38_143685_box_Incident_Summaries_101-172
Agency: Department of War
Page 72
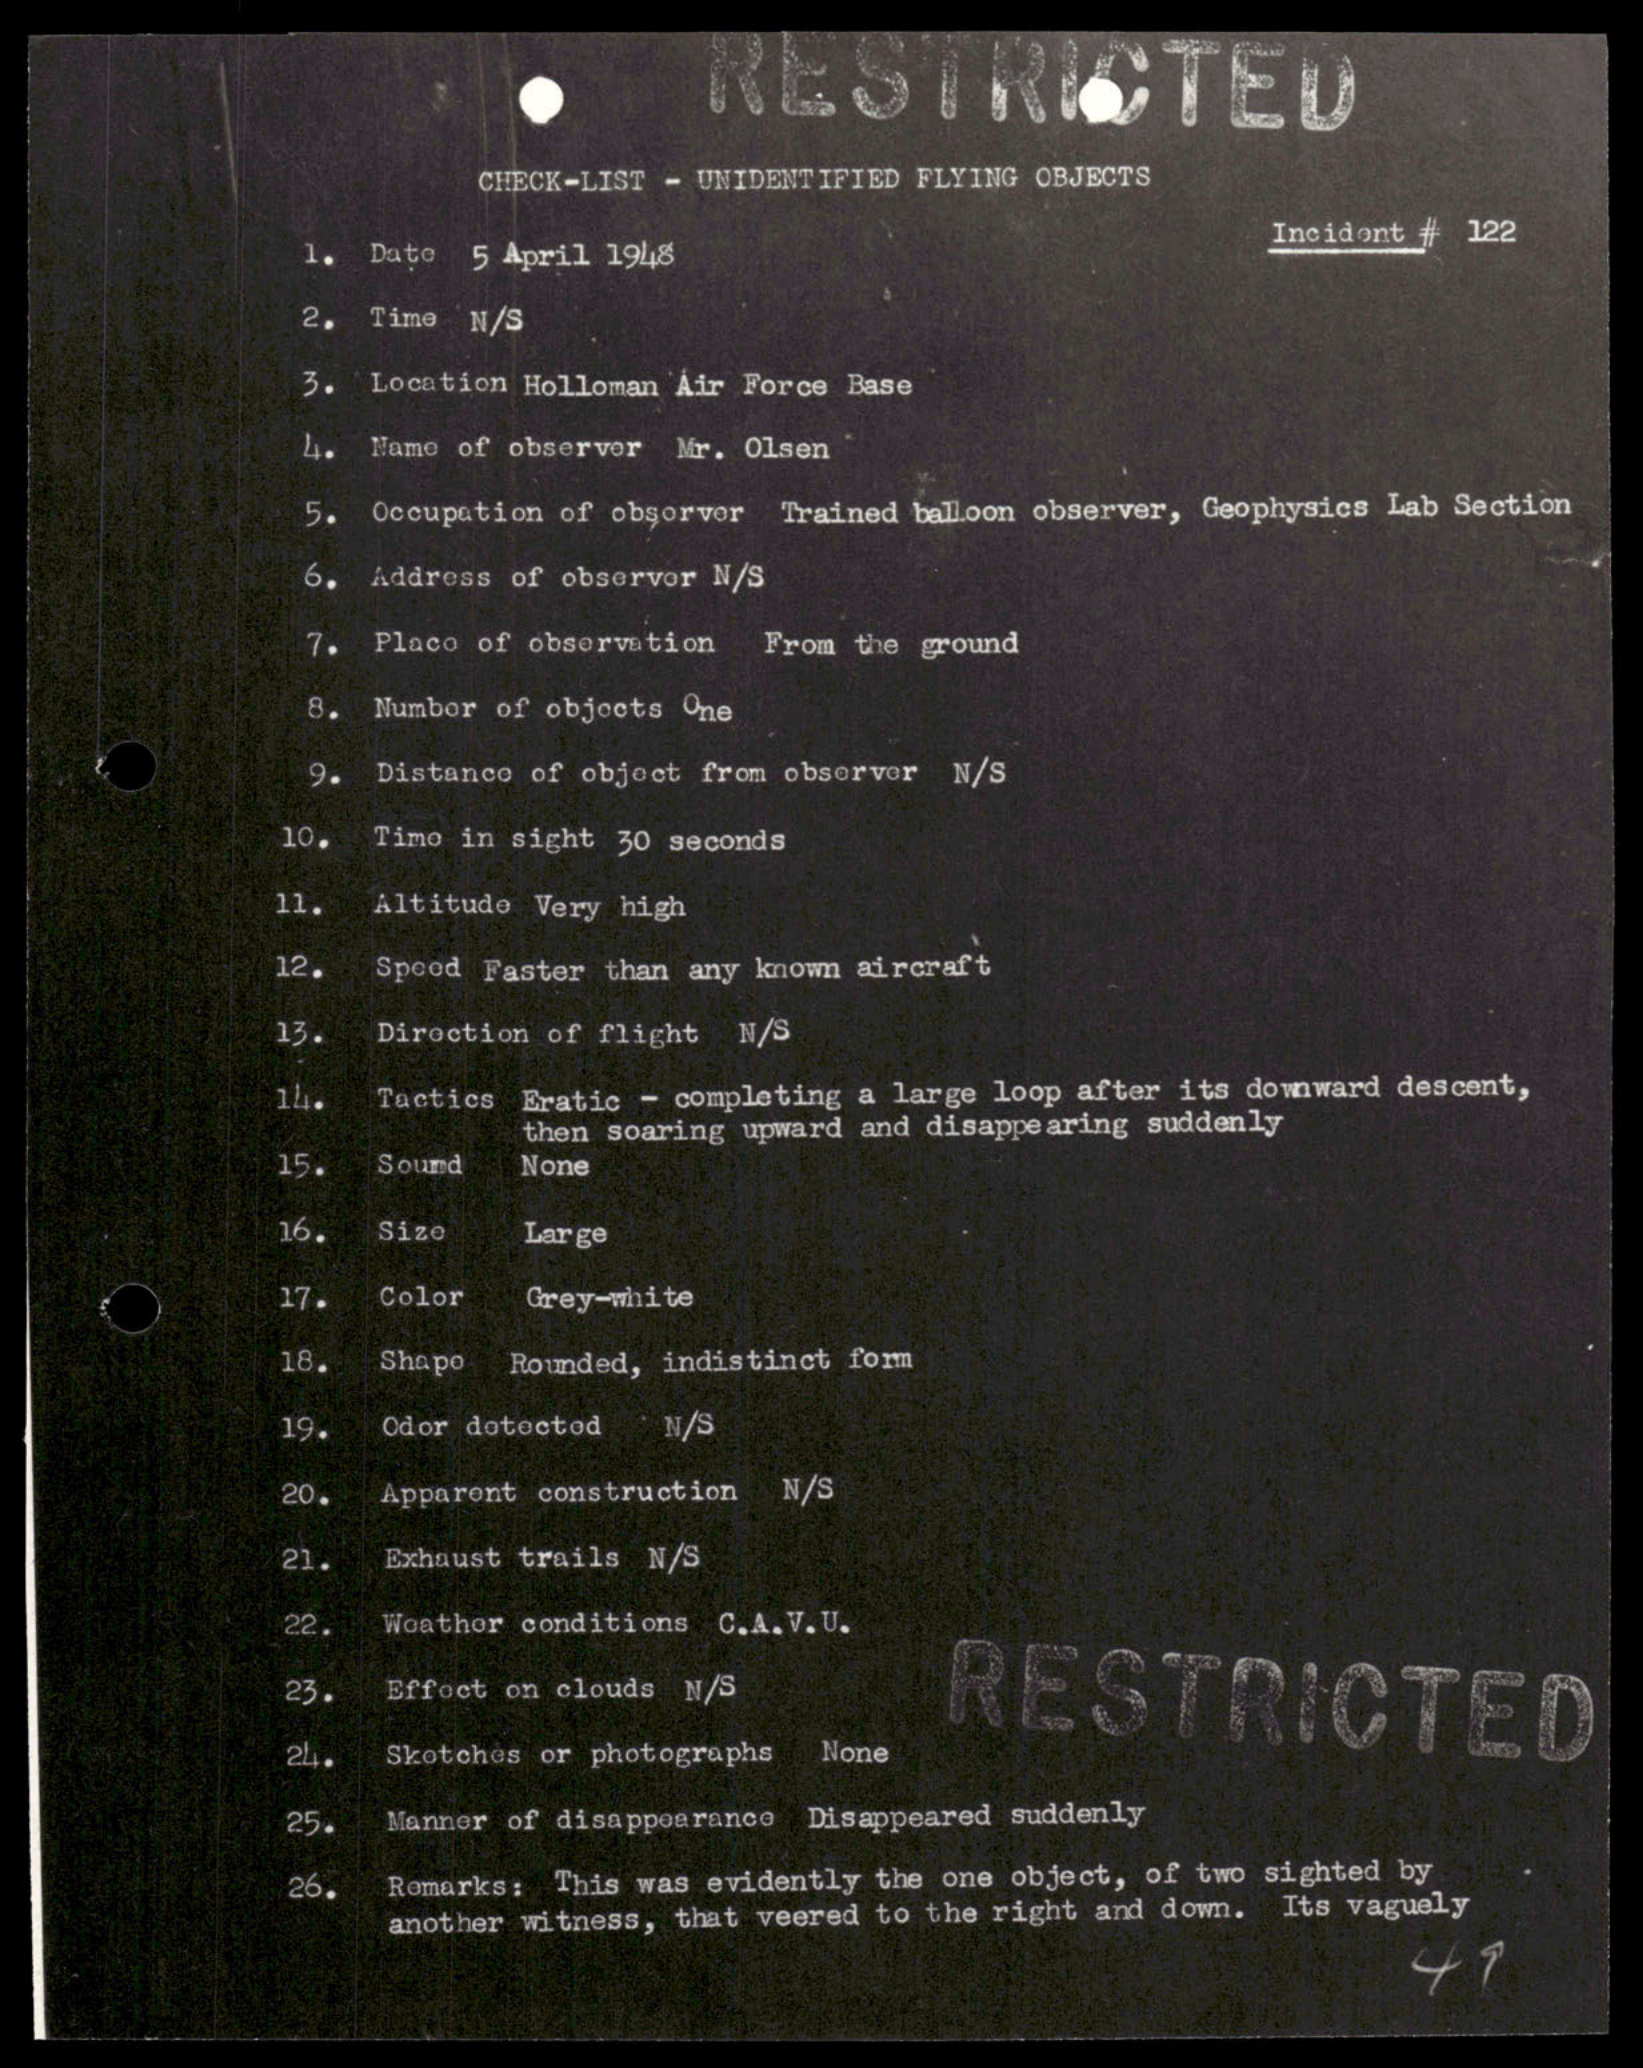